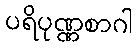
ပရိပုဏ္ဏစာဂါ